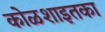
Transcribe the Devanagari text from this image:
कोळशाइतका